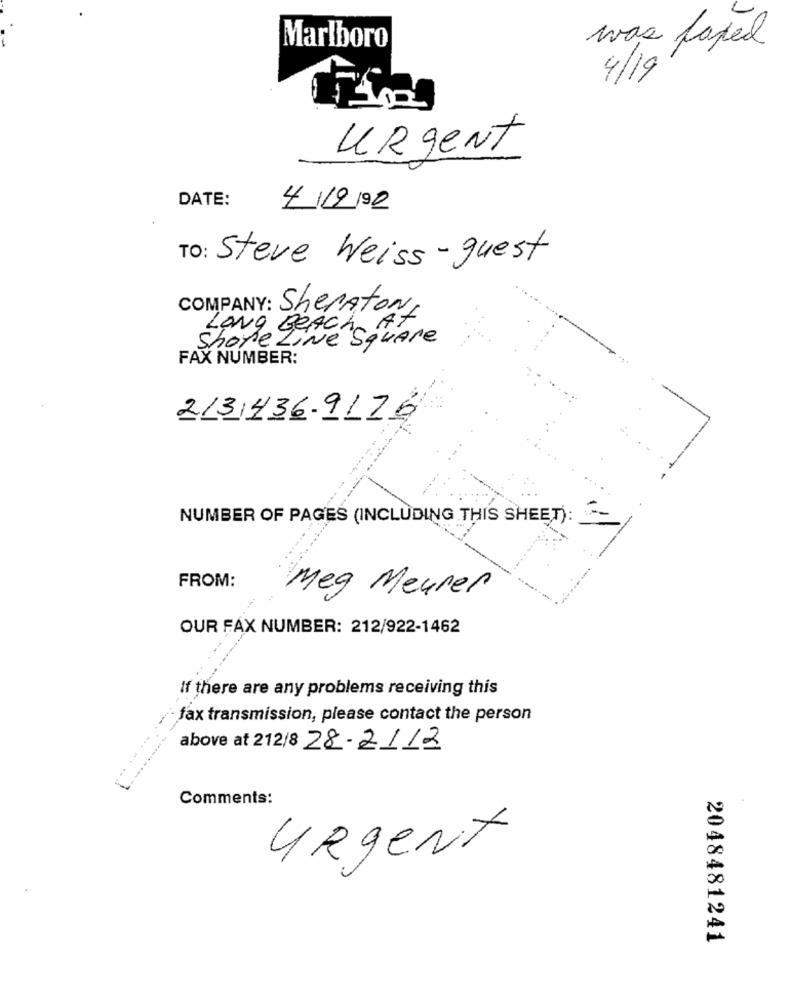
Marlboro
was faxed
4/19
Urgent
DATE:
4/12/92
TO: Steve Weiss-guest
COMPANY: SheratonI
Shore LiNé Square
LONG Beach At
FAX NUMBER:
213 436-9176
NUMBER OF PAGES (INCLUDING THIS SHEET):
FROM:
Meg Meurer
einer
OUR FAX NUMBER: 212/922-1462
... ..
If there are any problems receiving this
fax transmission, please contact the person
above at 212/8 28-2/12
Comments:
urgent
2048481241